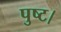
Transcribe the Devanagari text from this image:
पुष्ट।